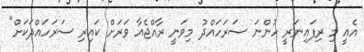
އެއީ މި ރިފައިނަރީ ހުންނަ ސަރަހައްދު މިވަނީ ރާއްޖެއާ ވަރަށް ކައިރި ސަރަހައްދަކަށް"